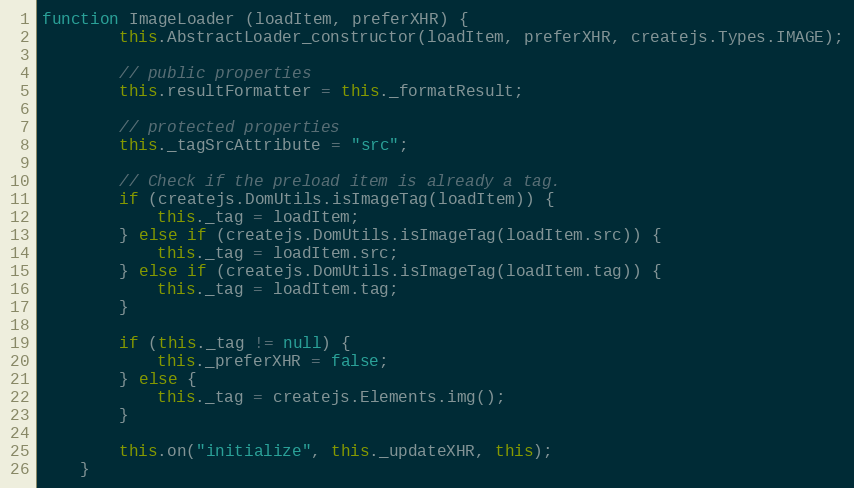
Language: JavaScript
function ImageLoader (loadItem, preferXHR) {
		this.AbstractLoader_constructor(loadItem, preferXHR, createjs.Types.IMAGE);

		// public properties
		this.resultFormatter = this._formatResult;

		// protected properties
		this._tagSrcAttribute = "src";

		// Check if the preload item is already a tag.
		if (createjs.DomUtils.isImageTag(loadItem)) {
			this._tag = loadItem;
		} else if (createjs.DomUtils.isImageTag(loadItem.src)) {
			this._tag = loadItem.src;
		} else if (createjs.DomUtils.isImageTag(loadItem.tag)) {
			this._tag = loadItem.tag;
		}

		if (this._tag != null) {
			this._preferXHR = false;
		} else {
			this._tag = createjs.Elements.img();
		}

		this.on("initialize", this._updateXHR, this);
	}